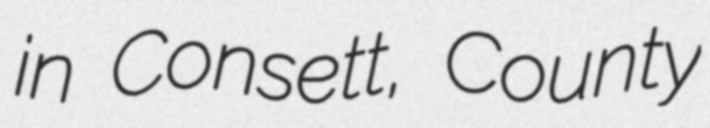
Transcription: in Consett, County